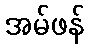
အမ်ဖန်